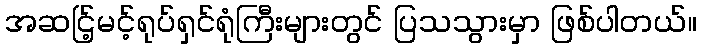
အဆင်ြ့မင့်ရုပ်ရှင်ရုံကြီးများတွင် ပြသသွားမှာ ဖြစ်ပါတယ်။